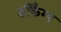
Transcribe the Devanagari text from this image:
डीकैम्प